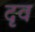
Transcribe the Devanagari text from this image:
दृव